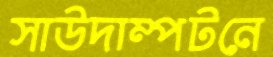
সাউদাম্পটনে